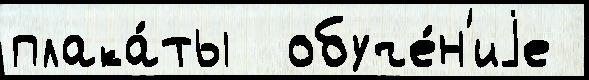
плака́ты  обуче́н'иjе